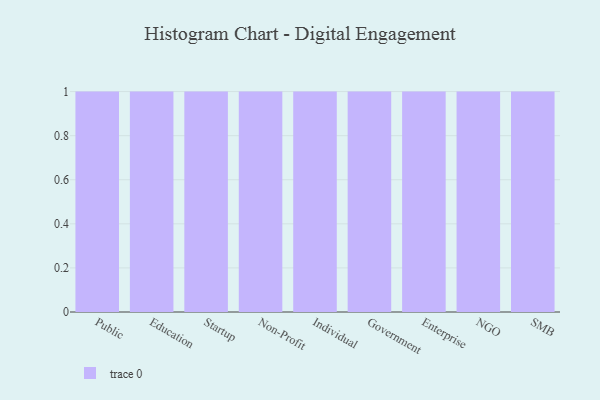
{"axis": {"x": "Segment", "y": "Customer Acquisition Cost (USD)"}, "legend": [""], "data": [{"x": "Public", "y": 87, "type": ""}, {"x": "Education", "y": 9, "type": ""}, {"x": "Startup", "y": 25, "type": ""}, {"x": "Non-Profit", "y": 68, "type": ""}, {"x": "Individual", "y": 95, "type": ""}, {"x": "Government", "y": 72, "type": ""}, {"x": "Enterprise", "y": 65, "type": ""}, {"x": "NGO", "y": 14, "type": ""}, {"x": "SMB", "y": 48, "type": ""}]}